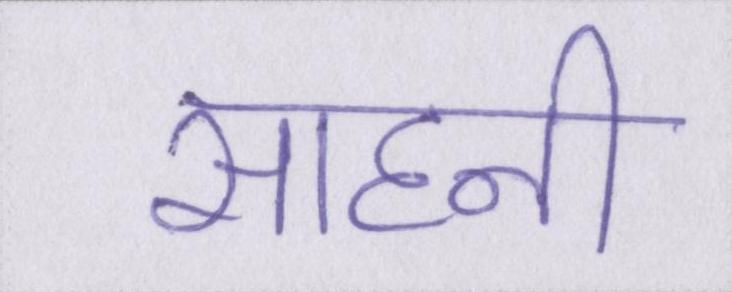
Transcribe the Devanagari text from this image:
साहनी